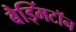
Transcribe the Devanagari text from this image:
बैड्मिंटॉन